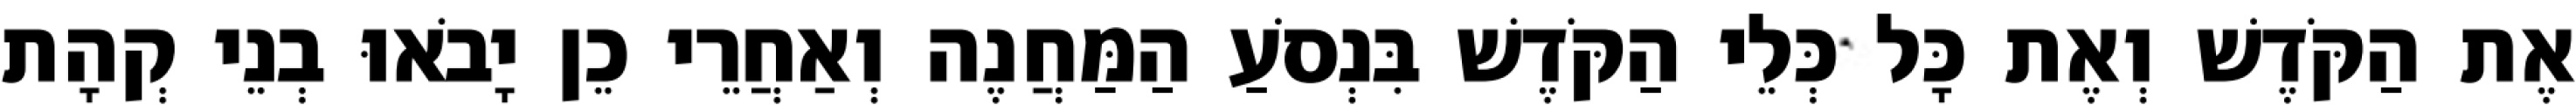
אֶת הַקֹּדֶשׁ וְאֶת כָּל כְּלֵי הַקֹּדֶשׁ בִּנְסֹעַ הַמַּחֲנֶה וְאַחֲרֵי כֵן יָבֹאוּ בְנֵי קְהָת